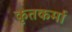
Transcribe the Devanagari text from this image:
कृतकर्मा